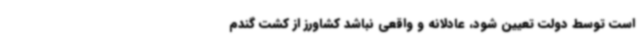
است توسط دولت تعیین شود، عادلانه و واقعی نباشد کشاورز از کشت گندم